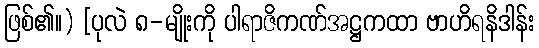
ဖြစ်၏။) [ပုလဲ ၈-မျိုးကို ပါရာဇိကဏ်အဋ္ဌကထာ ဗာဟိရနိဒါန်း